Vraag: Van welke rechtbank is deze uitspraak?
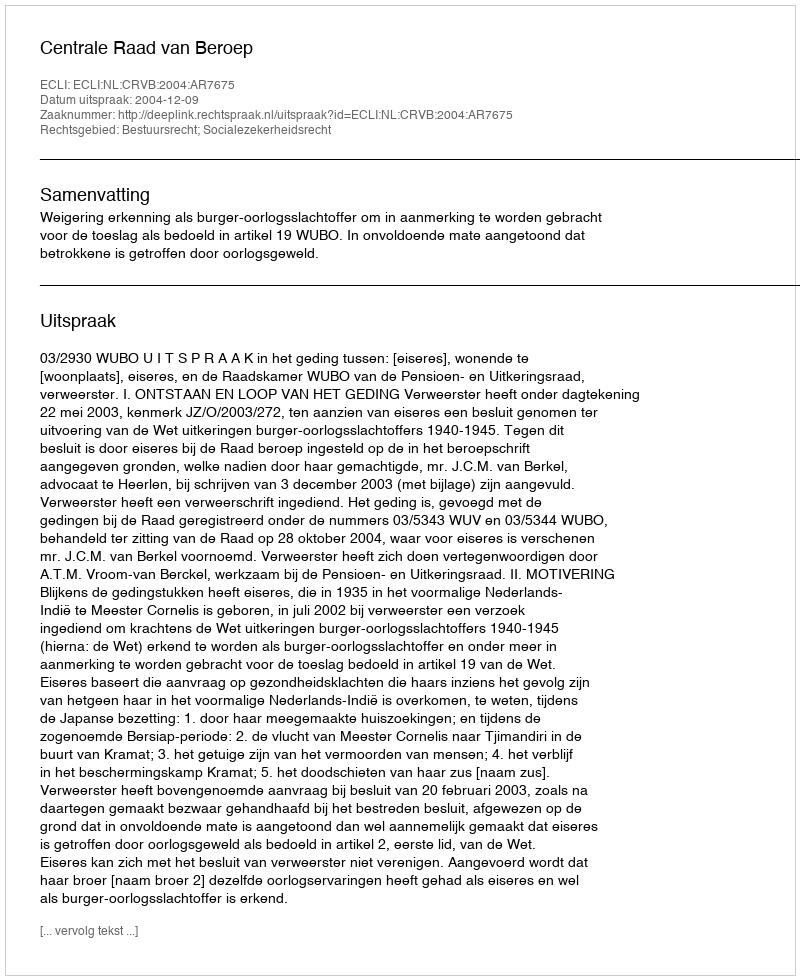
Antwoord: Centrale Raad van Beroep